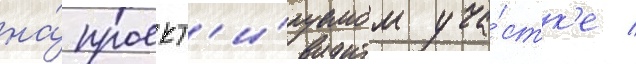
на́ проект'и́руемом уча́стк'е /